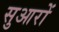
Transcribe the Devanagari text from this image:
सुआरों